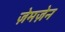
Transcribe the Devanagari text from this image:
ज़ेमज़ेन